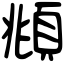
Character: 頫